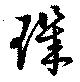
璣